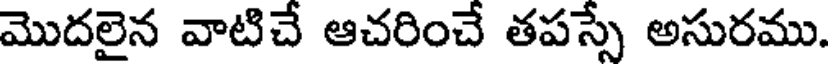
మొదలైన వాటిచే ఆచరించే తపస్సే అసురము.